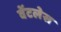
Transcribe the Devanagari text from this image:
वेंटलेस